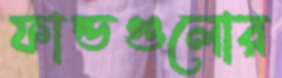
ফান্ডগুলোর